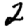
Digit: 2